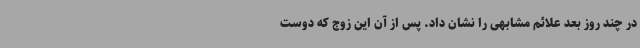
در چند روز بعد علائم مشابهی را نشان داد. پس از آن این زوج که دوست